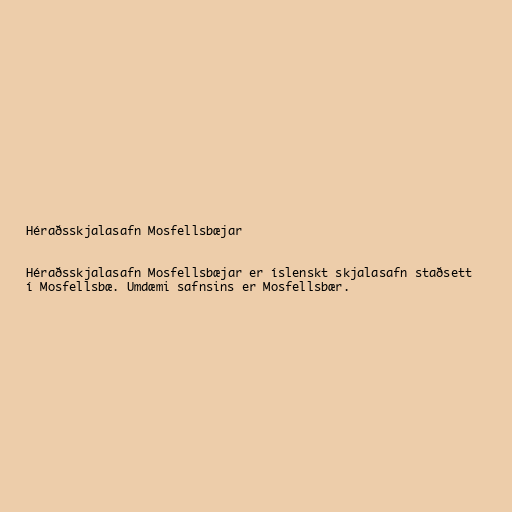
Héraðsskjalasafn Mosfellsbæjar

Héraðsskjalasafn Mosfellsbæjar er íslenskt skjalasafn staðsett
í Mosfellsbæ. Umdæmi safnsins er Mosfellsbær.